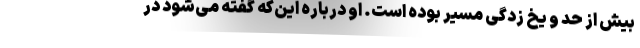
بیش از حد و یخ زدگی مسیر بوده است. او درباره این‌که گفته می‌شود در